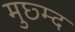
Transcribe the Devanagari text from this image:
मुछ्म्द